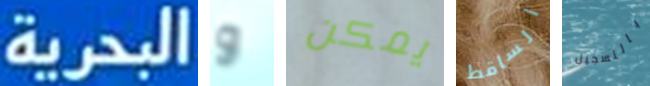
البحرية و يمكن الساقط بالتسجيل